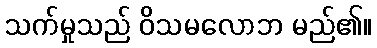
သက်မှုသည် ဝိသမလောဘ မည်၏။